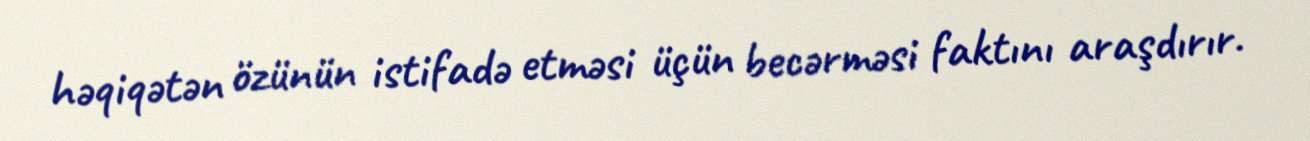
həqiqətən özünün istifadə etməsi üçün becərməsi faktını araşdırır.